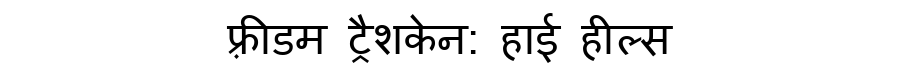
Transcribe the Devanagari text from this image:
फ़्रीडम ट्रैशकेन: हाई हील्स